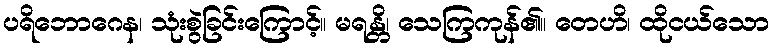
ပရိဘောဂေန၊ သုံးစွဲခြင်းကြောင့်။ မရန္တိ၊ သေကြကုန်၏။ တေဟိ၊ ထိုငယ်သော